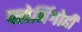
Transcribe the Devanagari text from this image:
फ्लेमिंगोही